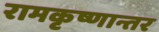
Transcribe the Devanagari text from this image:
रामकृष्णान्तर